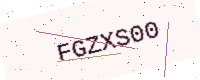
Text: FGZXS00